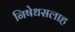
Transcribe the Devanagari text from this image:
निषेधसलाह